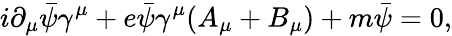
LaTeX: i\partial_{\mu}{\bar{\psi}}\gamma^{\mu}+e{\bar{\psi}}\gamma^{\mu}(A_{\mu}+B_{\mu})+m{\bar{\psi}}=0,